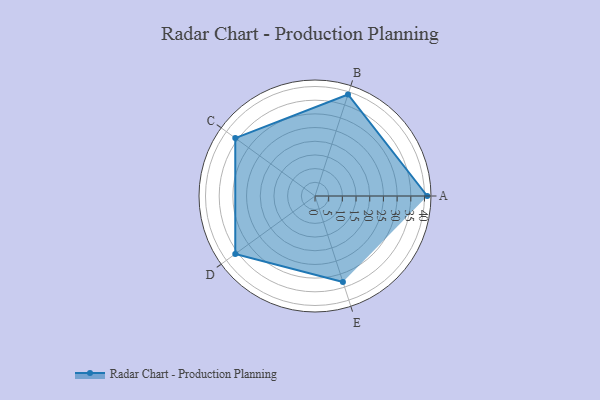
{"axis": {"x": "Skill", "y": "Score"}, "legend": ["Profile"], "data": [{"x": "A", "y": 41.0, "type": "Profile"}, {"x": "B", "y": 39.0, "type": "Profile"}, {"x": "C", "y": 36.0, "type": "Profile"}, {"x": "D", "y": 36.0, "type": "Profile"}, {"x": "E", "y": 33.0, "type": "Profile"}]}